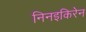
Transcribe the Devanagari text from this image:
निनइकिरेन